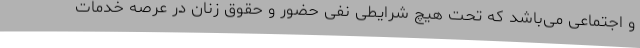
و اجتماعی می‌باشد که تحت هیچ شرایطی نفی حضور و حقوق زنان در عرصه خدمات